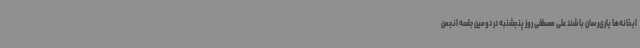
ابخانه‌ها یاری‌رسان باشند علی مصطفی روز پنجشنبه در دومین جلسه انجمن